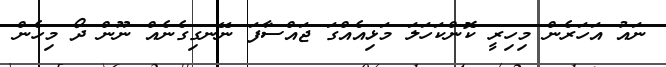
ނައު އަހަރެން މިހިރީ ކޮންކަހަލަ މަޅިއެއްގަ ޖައްސާފަ ނޭނގިގެނެއް ނޫން ދޯ މިހެން